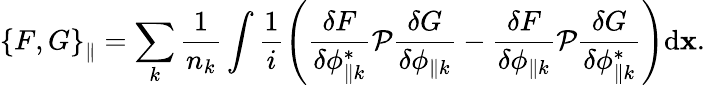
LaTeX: \left\{ F,G\right\} _{\parallel}=\sum_{k}{\frac{1}{n_{k}}\int{\frac{1}{i}\left(\frac{\delta F}{\delta\phi_{\parallel k}^{*}}\mathcal{P}\frac{\delta G}{\delta\phi_{\parallel k}}-\frac{\delta F}{\delta\phi_{\parallel k}}\mathcal{P}\frac{\delta G}{\delta\phi_{\parallel k}^{*}}\right)\mathrm{d}{\mathbf x}}}.